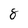
Character: 8